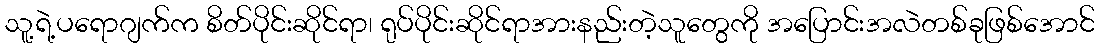
သူ့ရဲ့ပရောဂျက်က စိတ်ပိုင်းဆိုင်ရာ၊ ရုပ်ပိုင်းဆိုင်ရာအားနည်းတဲ့သူတွေကို အပြောင်းအလဲတစ်ခုဖြစ်အောင်